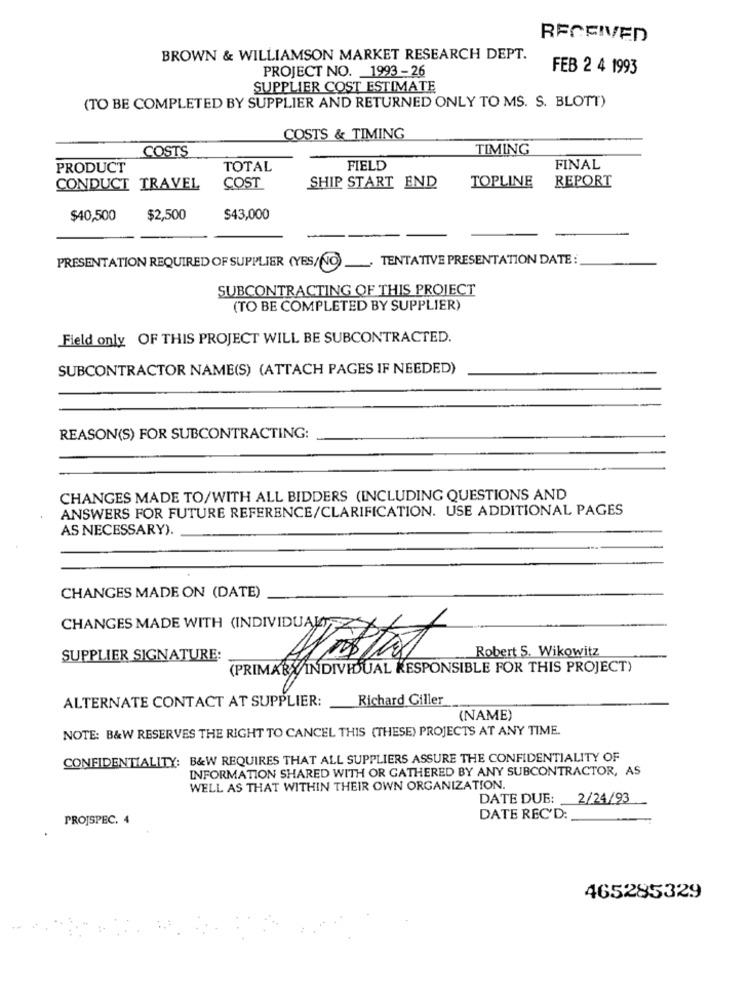
RECEIVED
BROWN & WILLIAMSON MARKET RESEARCH DEPT.
PROJECT NO. 1993 - 26
FEB 2 4 1993
SUPPLIER COST ESTIMATE
(TO BE COMPLETED BY SUPPLIER AND RETURNED ONLY TO MS. S. BLOTT)
COSTS & TIMING
COSTS
TIMING
PRODUCT
TOTAL
FIELD
FINAL
TOPLINE
REPORT
CONDUCT TRAVEL
COST
SHIP START END
$40,500
$2,500
$43,000
PRESENTATION REQUIRED OF SUPPLIER (YES/NO) _ TENTATIVE PRESENTATION DATE :
SUBCONTRACTING OF THIS PROJECT
(TO BE COMPLETED BY SUPPLIER)
Field only OF THIS PROJECT WILL BE SUBCONTRACTED.
SUBCONTRACTOR NAME(S) (ATTACH PAGES IF NEEDED)
REASON(S) FOR SUBCONTRACTING:
CHANGES MADE TO/WITH ALL BIDDERS (INCLUDING QUESTIONS AND
ANSWERS FOR FUTURE REFERENCE/CLARIFICATION. USE ADDITIONAL PAGES
AS NECESSARY).
CHANGES MADE ON (DATE)
CHANGES MADE WITH (INDIVIDUAL)
Robert S. Wikowitz
SUPPLIER SIGNATURE:
(PRIMARY/INDIVIDUAL RESPONSIBLE FOR THIS PROJECT)
ALTERNATE CONTACT AT SUPPLIER:
Richard Giller
(NAME)
NOTE: B&W RESERVES THE RIGHT TO CANCEL THIS (THESE) PROJECTS AT ANY TIME.
CONFIDENTIALITY: B&W REQUIRES THAT ALL SUPPLIERS ASSURE THE CONFIDENTIALITY OF
INFORMATION SHARED WITH OR GATHERED BY ANY SUBCONTRACTOR, AS
WELL AS THAT WITHIN THEIR OWN ORGANIZATION.
DATE DUE: 2/24/93
PROJSPEC. 4
DATE REC'D:
465285329